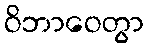
ဝိဘာဝေတွာ